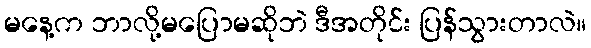
မနေ့က ဘာလို့မပြောမဆိုဘဲ ဒီအတိုင်း ပြန်သွားတာလဲ။